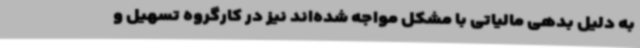
به دلیل بدهی مالیاتی با مشکل مواجه شده‌اند نیز در کارگروه تسهیل و